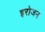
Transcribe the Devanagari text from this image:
इरोजन